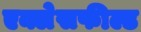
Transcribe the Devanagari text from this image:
एक्लेसफील्ड